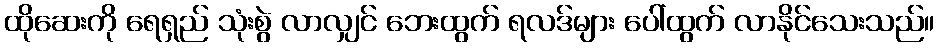
ထိုဆေးကို ရေရှည် သုံးစွဲ လာလျှင် ဘေးထွက် ရလဒ်များ ပေါ်ထွက် လာနိုင်သေးသည်။